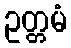
ဥတ္တမံ